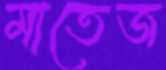
মাতেজ